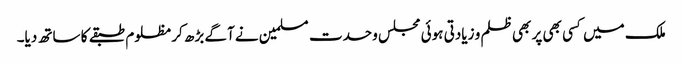
ملک میں کسی بھی پر بھی ظلم و زیادتی ہوئی مجلس وحدت مسلمین نے آگے بڑھ کر مظلوم طبقے کا ساتھ دیا۔